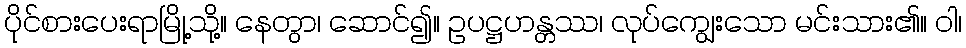
ပိုင်စားပေးရာမြို့သို့။ နေတွာ၊ ဆောင်၍။ ဥပဋ္ဌဟန္တဿ၊ လုပ်ကျွေးသော မင်းသား၏။ ဝါ၊